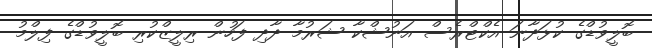
ބޮލީވުޑްގެ ކުޅަދާނަ އެކްޓްރެސް އަނުޝްކާ ޝަރުމާ ދާދި ފަހުން ރިލީޒްކުރި ބޮލީވުޑްގެ ފިލްމު